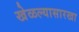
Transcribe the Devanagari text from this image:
खेळल्यासारखा